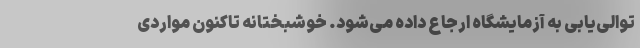
توالی‌یابی به آزمایشگاه ارجاع داده می‌شود. خوشبختانه تاکنون مواردی